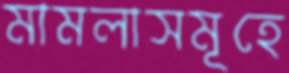
মামলাসমূহে